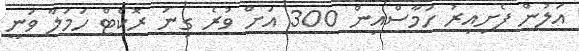
އަލުން ފެށިއިރު ހަމާސްއިން 300 އަށް ވުރެ ގިނަ ރޮކެޓް ހަމަލާ ވަނީ